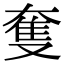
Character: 𡙜